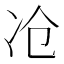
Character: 𰃷